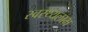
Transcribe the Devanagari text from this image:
स्वस्थ्यलाभ